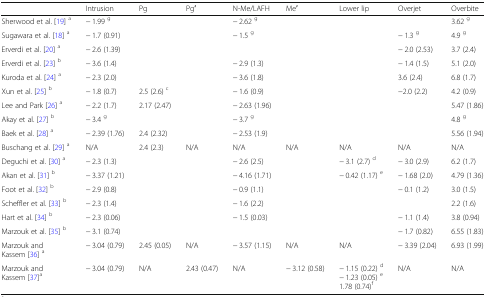
<table><thead><tr><td></td><td><b>Intrusion</b></td><td><b>Pg</b></td><td><b>Pg′</b></td><td><b>N-Me/LAFH</b></td><td><b>Me′</b></td><td><b>Lower lip</b></td><td><b>Overjet</b></td><td><b>Overbite</b></td></tr></thead><tbody><tr><td>Sherwood et al. [19] <sup>a</sup></td><td>− 1.99 <sup>g</sup></td><td></td><td></td><td>− 2.62 <sup>g</sup></td><td></td><td></td><td></td><td>3.62 <sup>g</sup></td></tr><tr><td>Sugawara et al. [18] <sup>a</sup></td><td>− 1.7 (0.91)</td><td></td><td></td><td>− 1.5 <sup>g</sup></td><td></td><td></td><td>− 1.3 <sup>g</sup></td><td>4.9 <sup>g</sup></td></tr><tr><td>Erverdi et al. [20] <sup>a</sup></td><td>− 2.6 (1.39)</td><td></td><td></td><td></td><td></td><td></td><td>− 2.0 (2.53)</td><td>3.7 (2.4)</td></tr><tr><td>Erverdi et al. [23] <sup>b</sup></td><td>− 3.6 (1.4)</td><td></td><td></td><td>− 2.9 (1.3)</td><td></td><td></td><td>− 1.4 (1.5)</td><td>5.1 (2.0)</td></tr><tr><td>Kuroda et al. [24] <sup>a</sup></td><td>− 2.3 (2.0)</td><td></td><td></td><td>− 3.6 (1.8)</td><td></td><td></td><td>3.6 (2.4)</td><td>6.8 (1.7)</td></tr><tr><td>Xun et al. [25] <sup>b</sup></td><td>− 1.8 (0.7)</td><td>2.5 (2.6) <sup>c</sup></td><td></td><td>− 1.6 (0.9)</td><td></td><td></td><td>−2.0 (2.2)</td><td>4.2 (0.9)</td></tr><tr><td>Lee and Park [26] <sup>a</sup></td><td>− 2.2 (1.7)</td><td>2.17 (2.47)</td><td></td><td>− 2.63 (1.96)</td><td></td><td></td><td></td><td>5.47 (1.86)</td></tr><tr><td>Akay et al. [27] <sup>b</sup></td><td>− 3.4 <sup>g</sup></td><td></td><td></td><td>− 3.7 <sup>g</sup></td><td></td><td></td><td></td><td>4.8 <sup>g</sup></td></tr><tr><td>Baek et al. [28] <sup>a</sup></td><td>− 2.39 (1.76)</td><td>2.4 (2.32)</td><td></td><td>− 2.53 (1.9)</td><td></td><td></td><td></td><td>5.56 (1.94)</td></tr><tr><td>Buschang et al. [29] <sup>a</sup></td><td>N/A</td><td>2.4 (2.3)</td><td>N/A</td><td>N/A</td><td>N/A</td><td>N/A</td><td>N/A</td><td>N/A</td></tr><tr><td>Deguchi et al. [30] <sup>a</sup></td><td>− 2.3 (1.3)</td><td></td><td></td><td>− 2.6 (2.5)</td><td></td><td>− 3.1 (2.7) <sup>d</sup></td><td>− 3.0 (2.9)</td><td>6.2 (1.7)</td></tr><tr><td>Akan et al. [31] <sup>b</sup></td><td>− 3.37 (1.21)</td><td></td><td></td><td>− 4.16 (1.71)</td><td></td><td>− 0.42 (1.17) <sup>e</sup></td><td>− 1.68 (2.0)</td><td>4.79 (1.36)</td></tr><tr><td>Foot et al. [32] <sup>b</sup></td><td>− 2.9 (0.8)</td><td></td><td></td><td>− 0.9 (1.1)</td><td></td><td></td><td>− 0.1 (1.2)</td><td>3.0 (1.5)</td></tr><tr><td>Scheffler et al. [33] <sup>b</sup></td><td>− 2.3 (1.4)</td><td></td><td></td><td>− 1.6 (2.2)</td><td></td><td></td><td></td><td>2.2 (1.6)</td></tr><tr><td>Hart et al. [34] <sup>b</sup></td><td>− 2.3 (0.06)</td><td></td><td></td><td>− 1.5 (0.03)</td><td></td><td></td><td>− 1.1 (1.4)</td><td>3.8 (0.94)</td></tr><tr><td>Marzouk et al. [35] <sup>b</sup></td><td>− 3.1 (0.74)</td><td></td><td></td><td></td><td></td><td></td><td>− 1.7 (0.82)</td><td>6.55 (1.83)</td></tr><tr><td>Marzouk and Kassem [36] <sup>a</sup></td><td>− 3.04 (0.79)</td><td>2.45 (0.05)</td><td>N/A</td><td>− 3.57 (1.15)</td><td>N/A</td><td>N/A</td><td>− 3.39 (2.04)</td><td>6.93 (1.99)</td></tr><tr><td>Marzouk and Kassem [37]<sup>a</sup></td><td>− 3.04 (0.79)</td><td>N/A</td><td>2.43 (0.47)</td><td>N/A</td><td>− 3.12 (0.58)</td><td>− 1.15 (0.22) <sup>d</sup>− 1.23 (0.05) <sup>e</sup>1.78 (0.74)<sup>f</sup></td><td>N/A</td><td>N/A</td></tr></tbody></table>